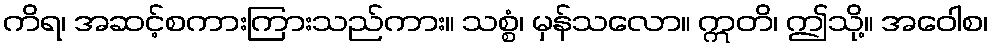
ကိရ၊ အဆင့်စကားကြားသည်ကား။ သစ္စံ၊ မှန်သလော။ ဣတိ၊ ဤသို့။ အဝေါစ၊